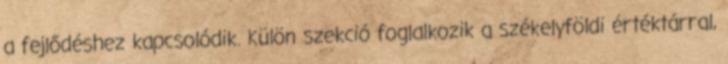
a fejlődéshez kapcsolódik. Külön szekció foglalkozik a székelyföldi értéktárral,